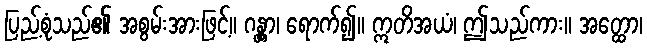
ပြည့်စုံသည်၏ အစွမ်းအားဖြင့်။ ဂန္တွာ၊ ရောက်၍။ ဣတိအယံ၊ ဤသည်ကား။ အတ္ထော၊